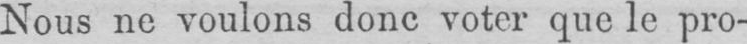
Nous ne voulons donc voter que le pro-